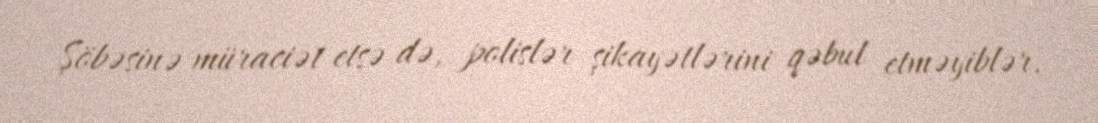
Şöbəsinə müraciət etsə də, polislər şikayətlərini qəbul etməyiblər.